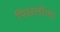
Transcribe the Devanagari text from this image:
पिछाडीला